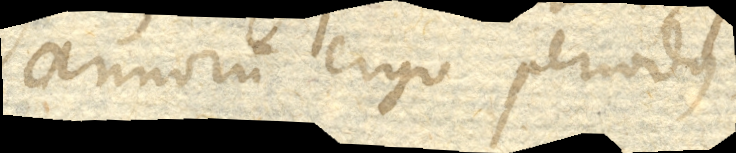
annorum ergo periodus ejus